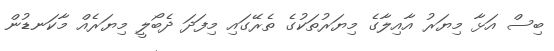
ބިސް އަޅާ މިޔަރު އާއިލާގެ މިޔަރުތަކުގެ ތެރޭގައި މިފަދަ ދެބޯލީ މިޔަރެއް މާކަނޑުން